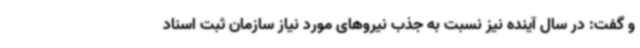
و گفت: در سال آینده نیز نسبت به جذب نیروهای مورد نیاز سازمان ثبت اسناد